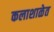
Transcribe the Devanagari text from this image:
कलाशाळेत